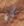
كان